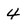
Character: 4